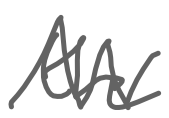
Text: the
Cross-out: zig-zag
Writing tool: digital_gray